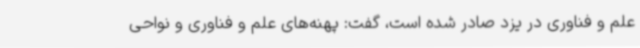
علم و فناوری در یزد صادر شده است، گفت: پهنه‌های علم و فناوری و نواحی